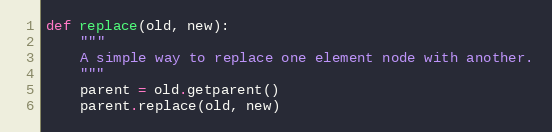
Language: Python
def replace(old, new):
    """
    A simple way to replace one element node with another.
    """
    parent = old.getparent()
    parent.replace(old, new)